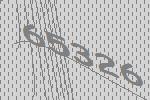
65326